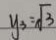
y _ { 3 } = \sqrt { 3 }